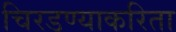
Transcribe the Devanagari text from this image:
चिरडण्याकरिता